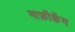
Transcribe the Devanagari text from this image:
माफ़ीकेंग